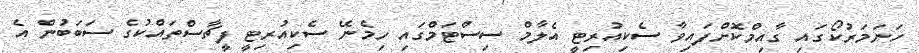
ހަނަމަރުކޯގައި ގާއިމްކޮށްފައިވާ ސެކިއުރިޓީ އެލާމް ސިސްޓަމްގައި ހިމެނޭ ސެކިއުރިޓީ ފީޗާސްތައްކުގެ ސަބަބުން އެ